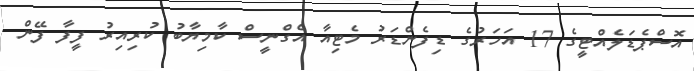
އޮސްޕެޑަލެއްޓީގެ 17 އަހަރުގެ ޑިފެންޑަރު މެޓިއާ އެގްނީސް ކާމިޔާބު ކުރިއިރު ފީފާ ފޭން